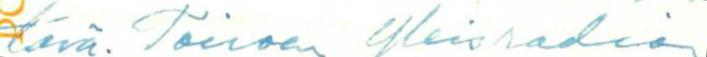
tävä. Toivoen Yleisradion